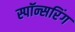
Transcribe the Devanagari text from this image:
स्पॉन्सरिंग